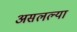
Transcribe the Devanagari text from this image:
असलल्या